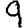
Digit: 9